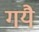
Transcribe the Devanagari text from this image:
गयै